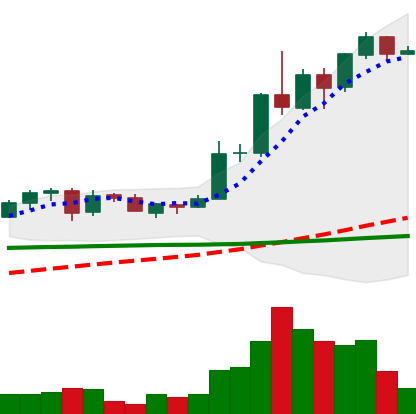
Ticker: ADA-USD
Chart end date: 2020-06-06
Forward return: -12.399%
Label: down_7plus